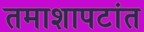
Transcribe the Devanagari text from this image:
तमाशापटांत